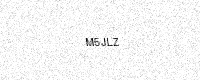
Text: M5JLZ